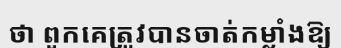
ថា ពួកគេត្រូវបានចាត់កម្លាំងឱ្យ